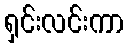
ရှင်းလင်းကာ